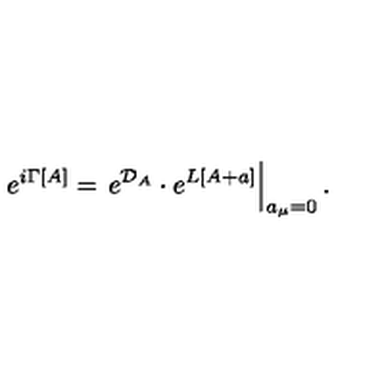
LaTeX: e ^ { i \Gamma [ A ] } = \left. e ^ { { \cal D } _ { A } } \cdot e ^ { L [ A + a ] } \right\vert _ { a _ { \mu } = 0 } .